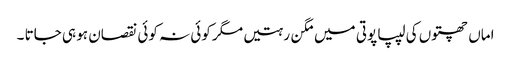
اماں چھتوں کی لیپا پوتی میں مگن رہتیں مگر کوئی نہ کوئی نقصان ہو ہی جاتا ۔